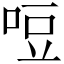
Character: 哣